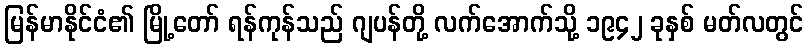
မြန်မာနိုင်ငံ၏ မြို့တော် ရန်ကုန်သည် ဂျပန်တို့ လက်အောက်သို့ ၁၉၄၂ ခုနှစ် မတ်လတွင်